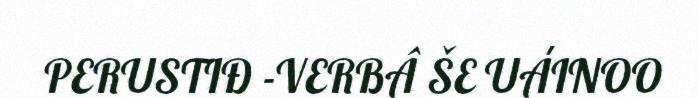
PERUSTIĐ -VERBÂ ŠE UÁINOO